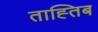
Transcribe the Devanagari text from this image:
ताह्तिब